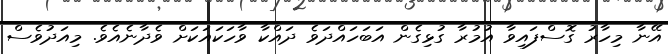
އޭނާ މިހާރު ގޮސްފައިވާ އުމުރާ ގުޅިގެން އަބަހައްދަވެ ދައްކާ ވާހަކައަކަށް ވެދާނެއެވެ. މިއަދުވެސް